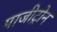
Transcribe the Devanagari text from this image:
पाजीट्रोन